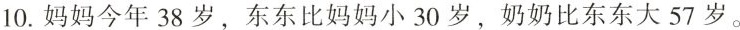
奶奶今年多少岁?